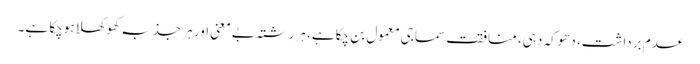
عدم برداشت، دھوکہ دہی، منافقت سماجی معمول بن چکاہے، ہر رشتہ بے معنی اور ہر جذبہ کھوکھلا ہوچکا ہے۔